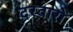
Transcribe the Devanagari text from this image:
दरवारों